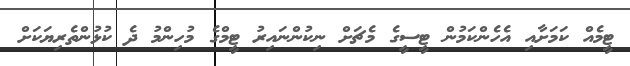
ޓީމެއް ކަމަށާއި އެހެންކަމުން ޓީސީގެ މެޗަށް ނިކުންނައިރު ޓީމްގެ މުހިންމު ދެ ކުޅުންތެރިޔަކަށް